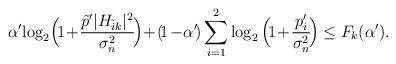
LaTeX: \begin{align*}\alpha'\!\log_2\!\Big(\!1\!+\!\frac{\tilde{p}'|H_{\tilde{i}k}|^2}{\sigma^2_n}\!\Big) \!+ \! (\!1\!-\!\alpha'\!)\sum_{i=1}^{2}\log_2\Big(\!1\!+\!\frac{p_{i}'}{\sigma^2_n}\!\Big) \le F_k(\alpha'). \end{align*}